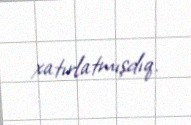
xatırlatmışdıq.